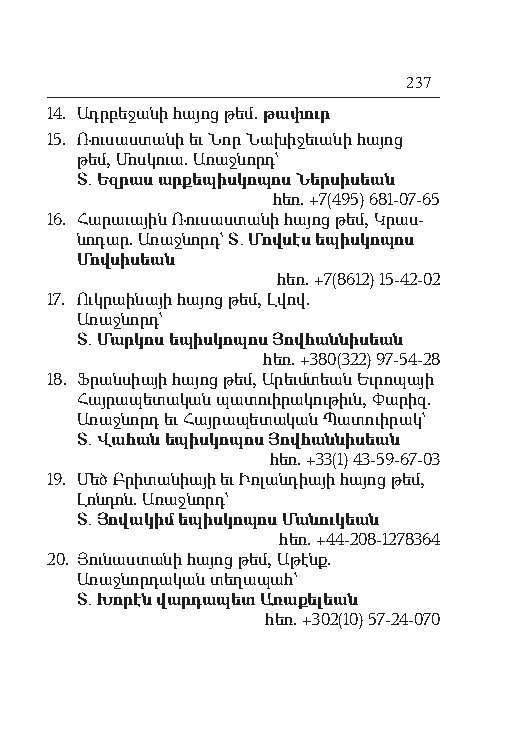
237
 14. Ադր բե ջա նի հայոց թեմ. թա փուր
 15. Ռու սաս տա նի եւ Նոր Նա խի ջե ւա նի հայոց
 թեմ, Մոս կուա. Ա ռաջ նորդ`
 Տ. Եզ րաս արքե պիս կո պոս Ներ սի սեան
 հեռ. +7(495) 681-07-65
 16. Հա րա ւա յին Ռու սաս տա նի հայոց թեմ, Կ րաս-
 նո դար. Ա ռաջ նորդ` Տ. Մով սէս ե պիս կո պոս
 Մով սի սեան
 հեռ. +7(8612) 15-42-02
 17. Ուկ րաի նա յի հայոց թեմ, Լ վով.
 Ա ռաջ նորդ`
 Տ. Մարկոս ե պիս կո պոս Յովհաննիսեան
 հեռ. +380(322) 97-54-28
 18. Ֆ րան սիա յի հայոց թեմ, Ա րեւ մտեան Եւ րո պա յի
 Հայ րա պե տա կան պա տուի րա կութիւն, Փա րիզ.
 Ա ռաջ նորդ եւ Հայ րա պե տա կան Պատուիրակ`
 Տ. Վահան եպիսկոպոս Յով հան նի սեան
 հեռ. +33(1) 43-59-67-03
 19. Մեծ Բր իտ ան իայի եւ Իռլանդիայի հայոց թեմ,
 Լոն դոն. Ա ռաջ նորդ`
 Տ. Յովակիմ ե պիս կո պոս Մանուկեան
 հեռ. +44-208-1278364
 20. Յու նաս տա նի հայոց թեմ, Ա թէնք.
 Ա ռաջ նոր դա կան տե ղա պահ`
 Տ. Խո րէն վարդապետ Ա ռա քե լեան
 հեռ. +302(10) 57-24-070